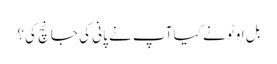
بل اوٹو نے کیا آپ نے پانی کی جانچ کی؟